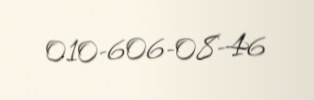
010-606-08-46